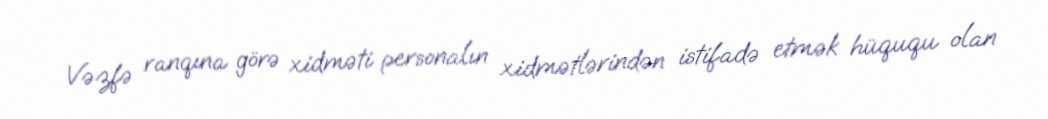
Vəzfə ranqına görə xidməti personalın xidmətlərindən istifadə etmək hüququ olan